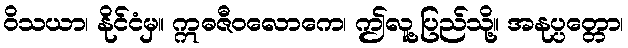
ဝိသယာ၊ နိုင်ငံမှ။ ဣဓဇီဝလောကေ၊ ဤလူ့ပြည်သို့။ အနုပ္ပတ္တော၊